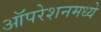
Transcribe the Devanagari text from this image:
ऑपरेशनमध्ये